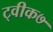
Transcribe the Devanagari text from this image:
ट्वीक७